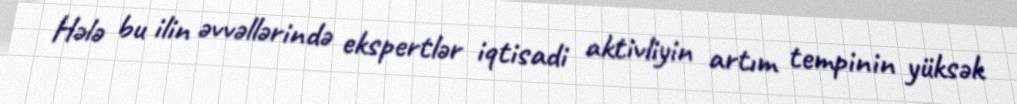
Hələ bu ilin əvvəllərində ekspertlər iqtisadi aktivliyin artım tempinin yüksək